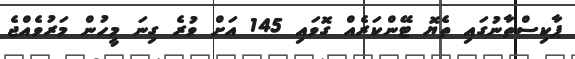
ޕާކިސްތާނުގައި ތެޔޮ ޓޭންކަރެއް ގޮވައި 145 އަށް ވުރެ ގިނަ މީހުން މަރުވެއްޖެ